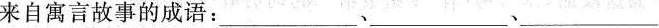
来自寓言故事的成语：___、___、___